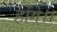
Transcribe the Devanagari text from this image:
होंगे।।